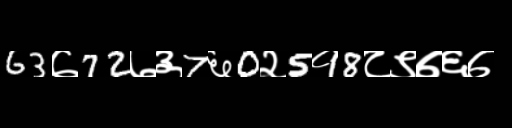
Text: 63७72७३7६0२5१8८९७६७